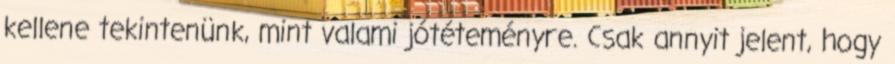
kellene tekintenünk, mint valami jótéteményre. Csak annyit jelent, hogy